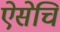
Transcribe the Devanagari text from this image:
ऐसेचि